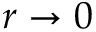
r \to 0